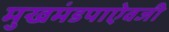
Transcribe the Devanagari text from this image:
मुखमंडपाऐवजी